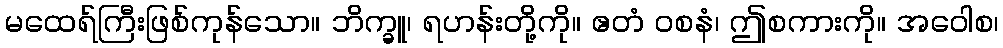
မထေရ်ကြီးဖြစ်ကုန်သော။ ဘိက္ခူ၊ ရဟန်းတို့ကို။ ဧတံ ဝစနံ၊ ဤစကားကို။ အဝေါစ၊